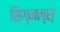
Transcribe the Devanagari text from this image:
सिग्नल्स्